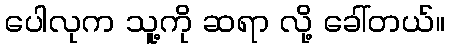
ပေါလုက သူ့ကို ဆရာ လို့ ခေါ်တယ်။